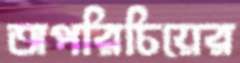
অপরিচিয়ের